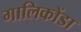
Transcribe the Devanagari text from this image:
गालिकोंडा